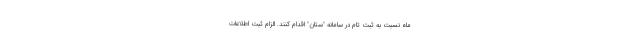
ماه نسبت به ثبت تام در سامانه "ستان" اقدام کنند. الزام ثبت اطلاعات